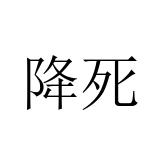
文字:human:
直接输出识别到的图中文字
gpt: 降死